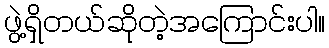
ဖွဲ့ရှိတယ်ဆိုတဲ့အကြောင်းပါ။